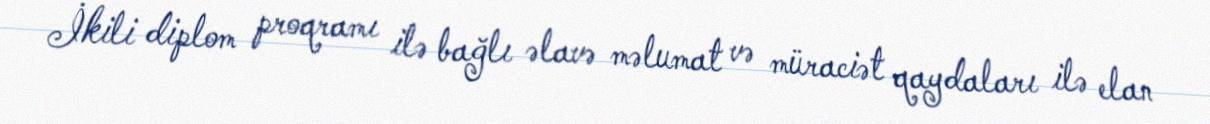
İkili diplom proqramı ilə bağlı əlavə məlumat və müraciət qaydaları ilə elan